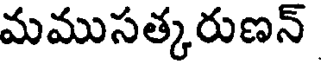
మముసత్కరుణన్